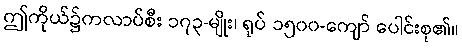
ဤကိုယ်၌ကလာပ်စီး ၁၇၃-မျိုး၊ ရုပ် ၁၅၀၀-ကျော် ပေါင်းစု၏။